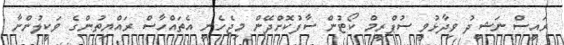
ރައީސް ނަޝީދު ވިދާޅުވީ ސުޕްރީމް ކޯޓުން ސާފުކޮށްދޭން މިޖެހެނީ އެތައްހާސް ރައްޔިތުންގެ ވަކީލުންނާ